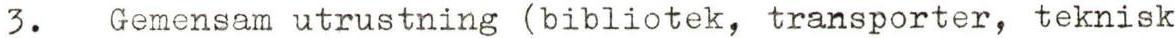
3. Gemensam utrustning (bibliotek, transporter, teknisk